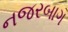
નજરબાગ